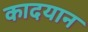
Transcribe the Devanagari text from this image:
कादयान